Vaccination report Assam 1896-1927 - 1896-1927
Year: 1896
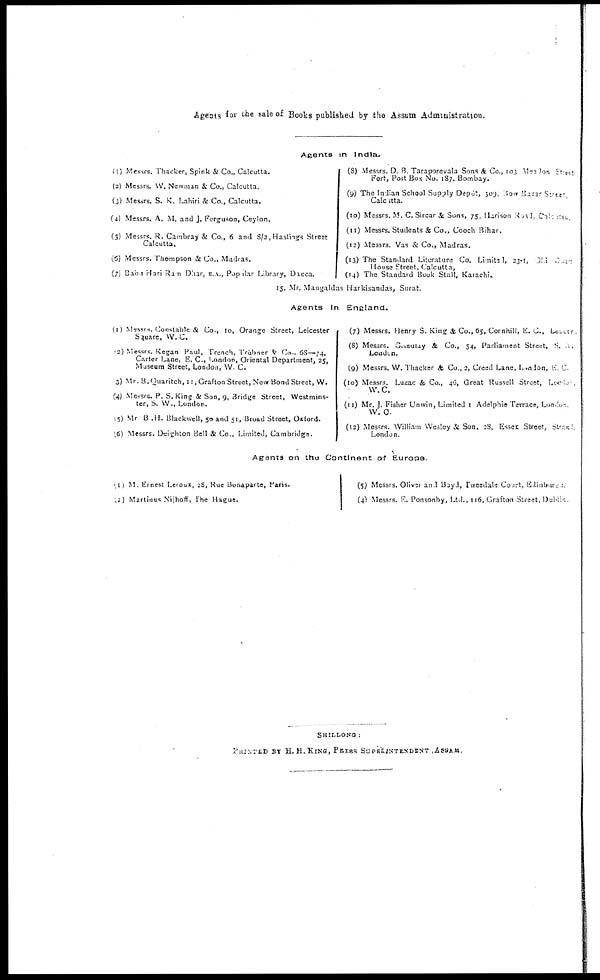
Agents for the sale of Books published by the Assam Administration
Agents in India.
(1) Messrs. Thacker, Spink & Co., Calcutta.
(2) Messrs. W. Newman & Co., Calcutta.
(3) Messrs. S. K. Lahiri & Co., Calcutta.
(4) Messrs. A. M. and J. Ferguson, Ceylon.
(5) Messrs. R. Cambray & Co., 6 and 8/2,Hastings Street
Calcutta,
(6) Messrs. Thompson & Co., Madras.
(7) Babu Hari Ram Dhar, B.A, Popular Library, Dacca.
(8) Messrs. D. B. Taraporevala Sons & Co, 103 Mealon, street
Fort, Post Box No. 187. Bombay.
(9) The Indian School Supply Depôt, 309, Cow Bazar Street
Calcutta.
(10) Messrs. M. C. Sircar & Sons, 75, Harison Road, Culcutta.
(11) Messrs. Students & Co., Cooch Bihar.
(12) Messrs. Vas & Co., Madras.
(13) The Standard Literature Co. Limitsd, 23-1, Old Court
House Street, Calcutta.
(14) The Standard Book Stall, Karachi.
15. Mr. Mangaldas Harkisandas, Surat.
Agents In England.
(1) Messrs. Constable & Co, 10, Orange Street, Leicester
Square, W. C.
(2) Messrs. Kegan Paul, Trench, Trubner & Co . 68—74,
Carter Lane, E. C., London, Oriental Department, 25,
Museum Street, London, W. C.
(3) Mr. B.Quaritch, 11, Grafton Street, New Bond Street, W.
(4) Messrs. P. S. King & Son, 9, Bridge Street, Westmins-
ter, S. W., London.
(5) Mr B .H. Blackwell, 50 and 51, Broad Street, Oxford.
(6) Messrs. Deighton Bell & Co., Limited, Cambridge.
(7) Messrs. Henry S. King & Co., 65, Cornhill, E. C., London.
(8) Messrs. Grindlay & Co., 54, Parliament Street, S. A.
London.
(9) Messrs. W. Thacker & Co., 2, Creed Lane, London, E. C
(10) Messrs. Luzac & Co., 46, Great Russell Street, London.
W. C.
(11) Mr. J. Fisher Unwin, Limited 1 Adelphie Terrace, London
W. C.
(12) Messrs. William Wesley & Son. 28, Essex Street, street,
London.
Agents on the Continent of Europe.
(1) M. Ernest Leroux, 28, Rue Bonaparte, Paris.
(2) Martinus Nijhoff, The Hague.
(5) Messrs. Oliver and Boyd, Tweedale Court, Edinburge
(4) Messrs. E. Ponsonby, Ltd., 116, Grafton Street, Dublin.
SHILLONG :
PRINTED BY H. H.KING, PRESS SUPERINTENDENT ASSAM.